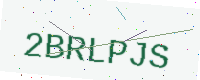
Text: 2BRLPJS